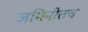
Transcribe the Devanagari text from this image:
जमिनीतच